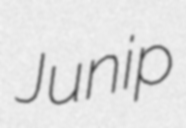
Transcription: Junip